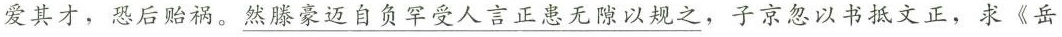
爱其才，恐后贻祸。\underline{然滕豪迈自负罕受人言正患无隙以规之}，子京忽以书抵文正，求《岳